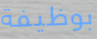
بوظيفة